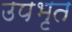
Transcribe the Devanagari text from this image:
उपभृत